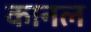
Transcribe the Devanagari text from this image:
कानल